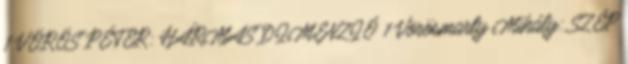
1 VÖRÖS PÉTER: HÁRMAS DIMENZIÓ 1 Vörösmarty Mihály: SZÉP